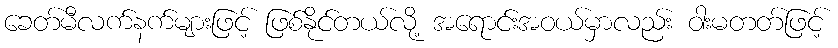
ခေတ်မီလက်နက်များဖြင့် ဖြစ်နိုင်တယ်လို့ အရောင်းအဝယ်မှာလည်း ဝါးမတတ်ဖြင့်